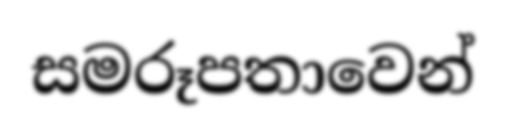
සමරූපතාවෙන්